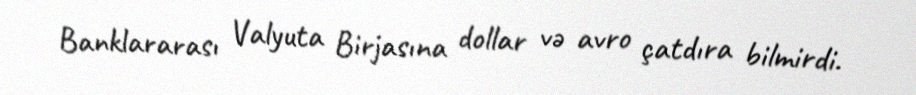
Banklararası Valyuta Birjasına dollar və avro çatdıra bilmirdi.